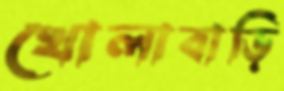
খোলাবাড়ি